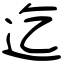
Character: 迄